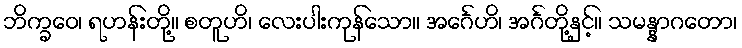
ဘိက္ခဝေ၊ ရဟန်းတို့။ စတူဟိ၊ လေးပါးကုန်သော။ အင်္ဂေဟိ၊ အင်္ဂတို့နှင့်။ သမန္နာဂတော၊